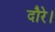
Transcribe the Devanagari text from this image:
दौरे।